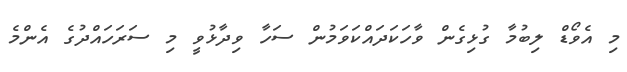
މި އެވޯޑް ލިބުމާ ގުޅިގެން ވާހަކަދައްކަވަމުން ސަހާ ވިދާޅުވީ މި ސަރަހައްދުގެ އެންމެ